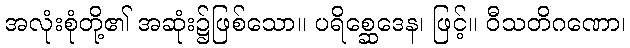
အလုံးစုံတို့၏ အဆုံး၌ဖြစ်သော။ ပရိစ္ဆေဒေန၊ ဖြင့်။ ဝီသတိဂဏော၊